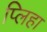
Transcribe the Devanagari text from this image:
प्लिहा